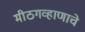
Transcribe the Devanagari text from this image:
मीठगव्हाणाचे